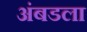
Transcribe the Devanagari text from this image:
अंबडला